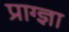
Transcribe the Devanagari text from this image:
प्राग्ज्ञा